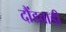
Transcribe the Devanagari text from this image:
दौंडवाडी